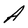
Character: A